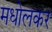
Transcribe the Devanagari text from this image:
मधोलकर